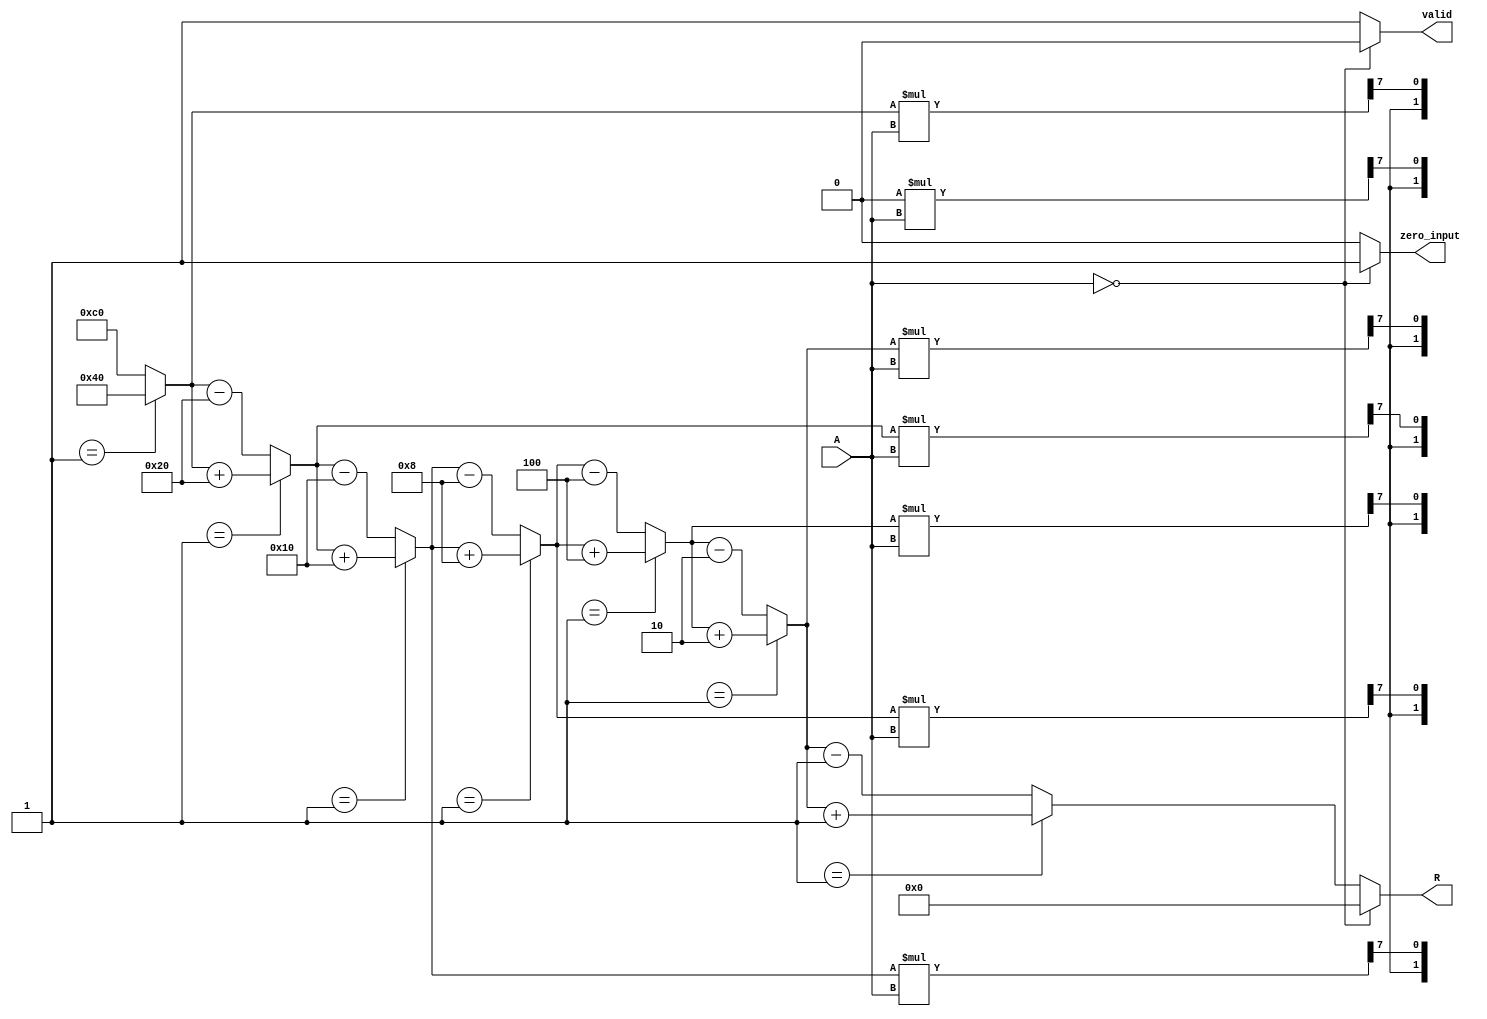
module BitwiseReciprocal #(parameter N = 8) (
    input  wire [N-1:0] A,      // Input: n-bit unsigned binary number
    output reg  [N-1:0] R,      // Output: n-bit unsigned binary reciprocal
    output reg  valid,           // Output valid signal
    output reg  zero_input       // Zero input flag
);

    // Internal variables
    reg [N-1:0] guess;           // Current guess for the reciprocal
    reg [N-1:0] product;         // Product of guess and input A
    integer i;                   // Loop counter

    // Initialization
    always @(*) begin
        // Handle zero input case
        if (A == 0) begin
            R = {N{1'b0}};        // Output zero for zero input
            valid = 0;
            zero_input = 1;      // Set zero input flag
        end else begin
            zero_input = 0;      // Clear zero input flag
            valid = 1;           // Set valid output signal
            
            // Initial guess (could be adjusted based on expected input range)
            guess = {1'b1, {N-1{1'b0}}}; // Initial guess: 1.0 in fixed-point
            
            // Iterative refinement of guess
            for (i = 0; i < N; i = i + 1) begin
                product = guess * A; // Calculate product of guess and input A
                
                // Check if product is greater than or less than 1 (scaled)
                if (product[N-1:N] == 2'b01) begin
                    // If product is less than 1, increase guess
                    guess = guess + (1 << (N-1-i)); // Adjust guess
                end else begin
                    // If product is greater than or equal to 1, decrease guess
                    guess = guess - (1 << (N-1-i)); // Adjust guess
                end
            end
            
            // Assign the final guess to output R
            R = guess;
        end
    end

endmodule